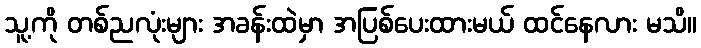
သူ့ကို တစ်ညလုံးများ အခန်းထဲမှာ အပြစ်ပေးထားမယ် ထင်နေလား မသိ။